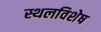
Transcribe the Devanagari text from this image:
स्थलविशेष